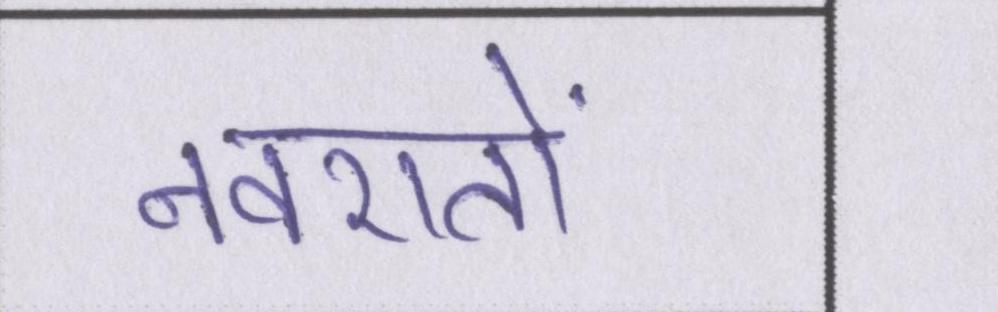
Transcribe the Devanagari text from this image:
नवरातों